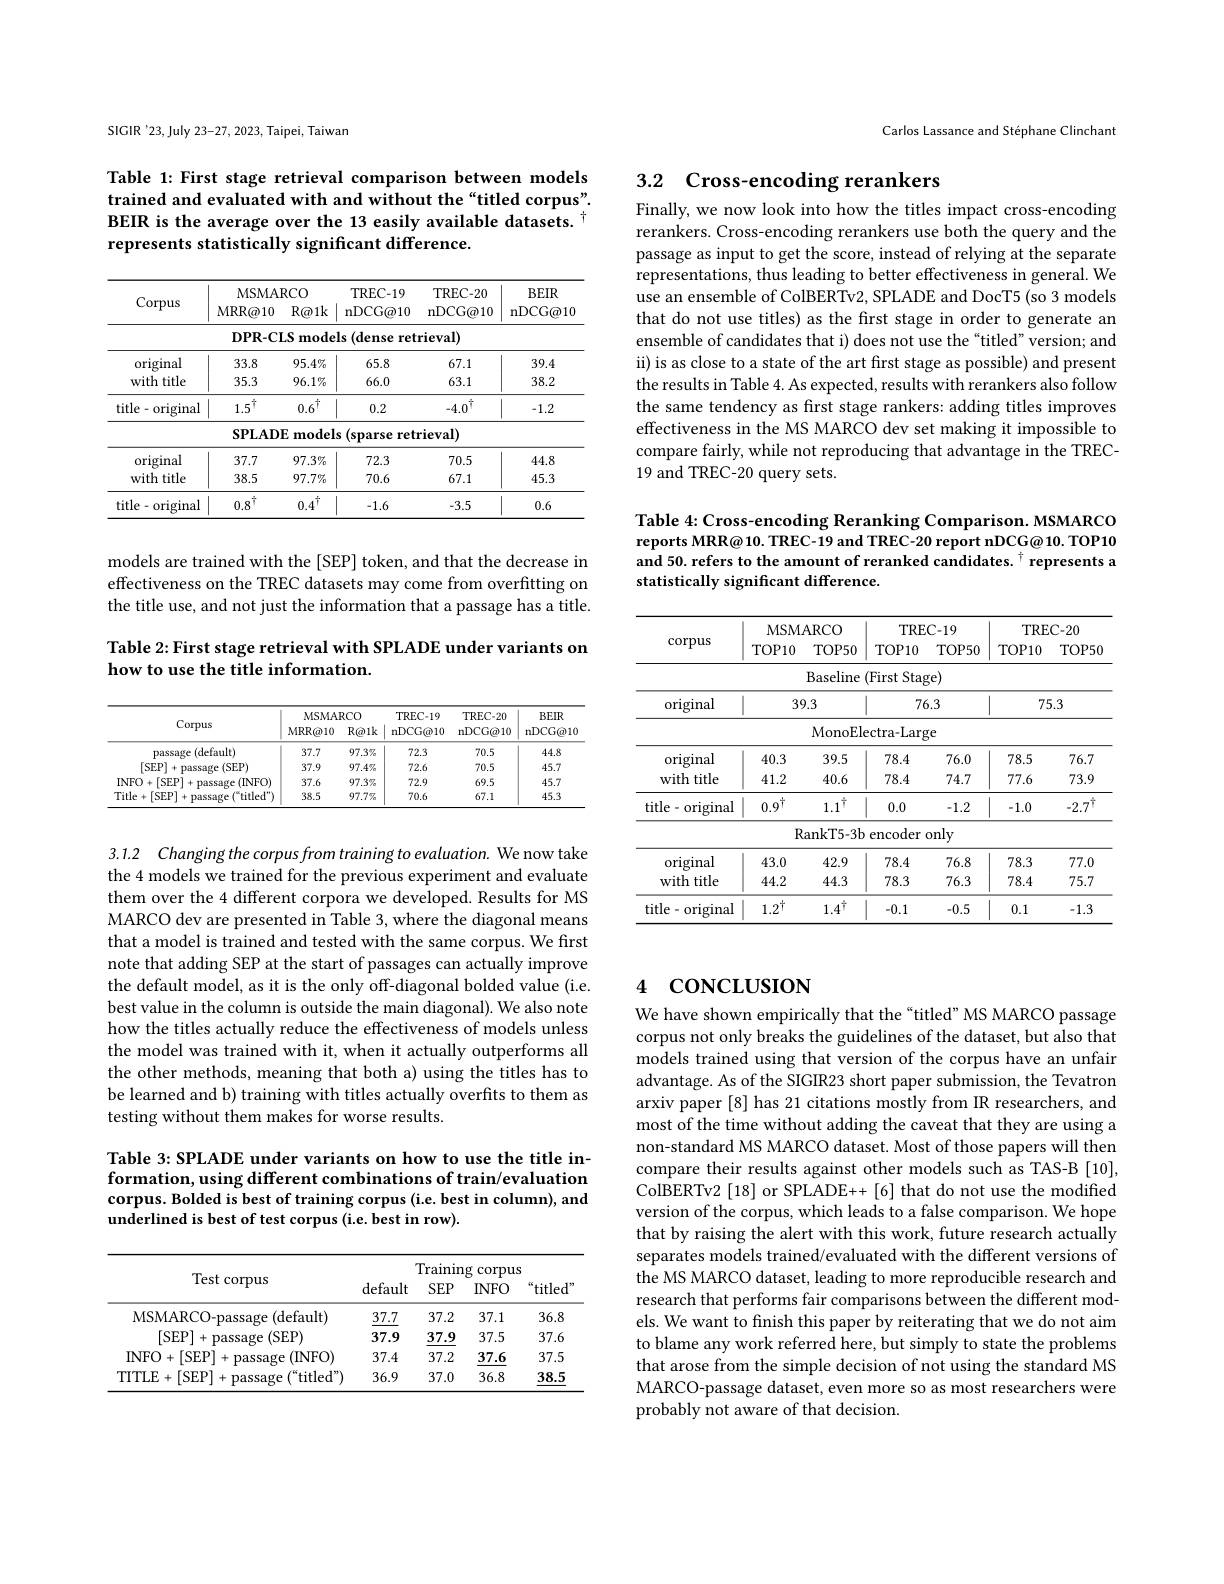
SIGIR'23, July 23-27, 2023, Taipei, Taiwan

Table 1: First stage retrieval comparison between models trained and evaluated with and without the“titled corpus”. BEIR is the average over the 13 easily available datasets. T represents statistically significant difference.

<table>
	<tbody>
		<tr>
			<th rowspan="3">Corpus</th>
			<th>MSMA MRR@ 10</th>
			<th>.RCO $R@1k$</th>
			<th>TREC- 19 ${\mathrm{nDCG@10}}$</th>
			<th rowspan="3">TREC- 20 nDCG@ 10</th>
			<th rowspan="3">$BEIR$ nDCG@ 10</th>
		</tr>
		<tr>
			<th colspan="2">MSMARCO</th>
			<th>TREC- 19</th>
		</tr>
		<tr>
			<th>MRR@ 10</th>
			<th>$R@1k$</th>
			<th>nDCG@ 10</th>
		</tr>
		<tr>
			<td> </td>
			<td>$\mathbf{DPR-C}$</td>
			<td>LS ${\mathrm{mode}}$</td>
			<td>$|s$ (dense ret 11 </td>
			<td>rieval)</td>
			<td> </td>
		</tr>
		<tr>
			<td>original</td>
			<td>33.8</td>
			<td>$95.4\%$</td>
			<td>65.8</td>
			<td>67.1</td>
			<td>39.4</td>
		</tr>
		<tr>
			<td>with title</td>
			<td>35.3</td>
			<td>$96.1\%$</td>
			<td>66.0</td>
			<td>63.1</td>
			<td>38.2</td>
		</tr>
		<tr>
			<td rowspan="2">title-original</td>
			<td>$1.5^{1}$</td>
			<td>$0.6^{\dagger}$</td>
			<td>0.2</td>
			<td>$-4.0^{1}$</td>
			<td>-1.2</td>
		</tr>
		<tr>
			<td>$\mathbf{SPLAD}$</td>
			<td>$\textbf{E}$ model</td>
			<td>(sparse retris</td>
			<td>rieval)</td>
			<td> </td>
		</tr>
		<tr>
			<td>original</td>
			<td>37.7</td>
			<td>$97.3\%$</td>
			<td>72.3</td>
			<td>70.5</td>
			<td>44.8</td>
		</tr>
		<tr>
			<td>with title</td>
			<td>38.5</td>
			<td>$97.7\%$</td>
			<td>70.6</td>
			<td>67.1</td>
			<td>45.3</td>
		</tr>
		<tr>
			<td>title-original</td>
			<td>$0.8^{1}$</td>
			<td>$0.4^{\dagger}$</td>
			<td>-1.6</td>
			<td>-3.5</td>
			<td>0.6</td>
		</tr>
	</tbody>
</table>

models are trained with the [SEP] token, and that the decrease in effectiveness on the TREC datasets may come from overfitting on the title use, and not just the information that a passage has a title.

Table 2: First stage retrieval with SPLADE under variants on
how to use the title information.

<table>
	<tbody>
		<tr>
			<th rowspan="2">Corpus</th>
			<th colspan="2">MSMARCO</th>
			<th rowspan="2">TREC- 19 $n$DCG@10</th>
			<th rowspan="2">TREC- 20 nDCG@ 10</th>
			<th rowspan="2">$BEIR$ nDCG@ 10</th>
		</tr>
		<tr>
			<th>MRR@10</th>
			<th>$R@1k$</th>
		</tr>
		<tr>
			<td>passage (default)</td>
			<td>37.7</td>
			<td>$97.3\%$</td>
			<td>72.3</td>
			<td>70.5</td>
			<td>44.8</td>
		</tr>
		<tr>
			<td>[SEP]+passage(SEP)</td>
			<td>37.9</td>
			<td>$97.4\%$</td>
			<td>72.6</td>
			<td>70.5</td>
			<td>45.7</td>
		</tr>
		<tr>
			<td>INFO+[SEP] passage 、 (INFOy</td>
			<td>37.6</td>
			<td>$97.3\%$</td>
			<td>72.9</td>
			<td>69.5</td>
			<td>45.7</td>
		</tr>
		<tr>
			<td>$e^{\alpha}$titled") Title+[SEP] 中 passage</td>
			<td>38.5</td>
			<td>$97.7\%$</td>
			<td>70.6</td>
			<td>67.1</td>
			<td>45.3</td>
		</tr>
	</tbody>
</table>

3.1.2 Changing the corpus from training to evaluation. We now take the 4 models we trained for the previous experiment and evaluate them over the 4 different corpora we developed. Results for MS MARCO dev are presented in Table 3, where the diagonal means that a model is trained and tested with the same corpus. We first note that adding SEP at the start of passages can actually improve the default model, as it is the only off-diagonal bolded value (i.e. best value in the column is outside the main diagonal). We also note how the titles actually reduce the effectiveness of models unless the model was trained with it, when it actually outperforms all the other methods, meaning that both a) using the titles has to be learned and b) training with titles actually overfits to them as testing without them makes for worse results.

# Table 3: SPLADE under variants on how to use the title information, using different combinations of train/evaluation corpus. Bolded is best of training corpus (i.e. best in column), and underlined is best of test corpus (i.e. best in row).

<table>
	<tbody>
		<tr>
			<th rowspan="2">Test corpus</th>
			<th colspan="4">Training corpus</th>
		</tr>
		<tr>
			<th>default</th>
			<th>$SEP$</th>
			<th>$INFO$</th>
			<th>$titled'$</th>
		</tr>
		<tr>
			<td>MSMARCO-passage (default)</td>
			<td>37.7</td>
			<td>37.2</td>
			<td>37.1</td>
			<td>36.8</td>
		</tr>
		<tr>
			<td>[SEP]+ +passage (SEP)</td>
			<td>37.9</td>
			<td>37.9</td>
			<td>37.5</td>
			<td>37.6</td>
		</tr>
		<tr>
			<td>INFO+[SEP] 1 passage 1 (INFO)</td>
			<td>37.4</td>
			<td>37.2</td>
			<td>37.6</td>
			<td>37.5</td>
		</tr>
		<tr>
			<td>TITLE + [SEP] + passage $(^{\alpha}$titled”)</td>
			<td>36.9</td>
			<td>37.0</td>
			<td>36.8</td>
			<td>38.5</td>
		</tr>
	</tbody>
</table>

Carlos Lassance and Stéphane Clinchant

## 3.2 Cross-encoding rerankers

Finally, we now look into how the titles impact cross-encoding rerankers. Cross-encoding rerankers use both the query and the passage as input to get the score, instead of relying at the separate representations, thus leading to better effectiveness in general. We use an ensemble of ColBERTv2, SPLADE and DocT5 (so 3 models that do not use titles) as the first stage in order to generate an ensemble of candidates that i) does not use the“titled”version; and ii) is as close to a state of the art first stage as possible) and present the results in Table 4. As expected, results with rerankers also follow the same tendency as first stage rankers: adding titles improves effectiveness in the MS MARCO dev set making it impossible to compare fairly, while not reproducing that advantage in the TREC- 19 and TREC-20 query sets.

Table 4: Cross-encoding Reranking Comparison. MSMARCO reports MRR@10. TREC-19 and TREC-20 report nDCG@10. TOP10 and 50. refers to the amount of reranked candidates. $^{\dagger}$ represents a statistically significant difference.

<table>
	<tbody>
		<tr>
			<th rowspan="2">corpus</th>
			<th colspan="2">MSMARCO</th>
			<th colspan="2">TREC- 19</th>
			<th colspan="2">TREC- 20</th>
		</tr>
		<tr>
			<th>TOP10</th>
			<th>$TOP50$</th>
			<th>TOP10</th>
			<th>$TOP50$</th>
			<th>TOP10</th>
			<th>$TOP5C$</th>
		</tr>
		<tr>
			<td> </td>
			<td> </td>
			<td>Baseline</td>
			<td>(First Stag</td>
			<td>$\mathbf{ge})$</td>
			<td> </td>
			<td> </td>
		</tr>
		<tr>
			<td rowspan="2">original</td>
			<td>$3\zeta$</td>
			<td>$\partial.3$</td>
			<td>71</td>
			<td>6.3</td>
			<td colspan="2">75.3</td>
		</tr>
		<tr>
			<td> </td>
			<td>MonoEl</td>
			<td>ectra- Lar</td>
			<td>$ge$</td>
			<td> </td>
			<td> </td>
		</tr>
		<tr>
			<td>original</td>
			<td>40.3</td>
			<td>39.5</td>
			<td>78.4</td>
			<td>76.0</td>
			<td>78.5</td>
			<td>76.7</td>
		</tr>
		<tr>
			<td>with title</td>
			<td>41.2</td>
			<td>40.6</td>
			<td>78.4</td>
			<td>74.7</td>
			<td>77.6</td>
			<td>73.9</td>
		</tr>
		<tr>
			<td rowspan="2">title- original</td>
			<td>$0.9^{\dagger}$</td>
			<td>$1.1^{T}$</td>
			<td>0.0</td>
			<td>-1.2</td>
			<td>-1.0</td>
			<td>$-2.7^{\mathrm{T}}$</td>
		</tr>
		<tr>
			<td>$R$</td>
			<td>ankT5- 3b</td>
			<td>encoder</td>
			<td>only</td>
			<td> </td>
			<td> </td>
		</tr>
		<tr>
			<td rowspan="2">original with title</td>
			<td>43.0</td>
			<td>42.9</td>
			<td>78.4</td>
			<td>76.8</td>
			<td>78.3</td>
			<td>77.0</td>
		</tr>
		<tr>
			<td>44.2</td>
			<td>44.3</td>
			<td>78.3</td>
			<td>76.3</td>
			<td>78.4</td>
			<td>75.7</td>
		</tr>
		<tr>
			<td>title- - original 1</td>
			<td>$1.2^{\mathrm{T}}$</td>
			<td>$1.4^{\mathrm{T}}$</td>
			<td>-0.1</td>
			<td>-0.5</td>
			<td>0.1</td>
			<td>-1.3</td>
		</tr>
	</tbody>
</table>

# 4 coNCLUSION

We have shown empirically that the“titled”MS MARCO passage corpus not only breaks the guidelines of the dataset, but also that models trained using that version of the corpus have an unfair advantage. As of the SIGIR23 short paper submission, the Tevatron arxiv paper [8] has 21 citations mostly from IR researchers, and most of the time without adding the caveat that they are using a non-standard MS MARCO dataset. Most of those papers will then compare their results against other models such as TAS-B [10], ColBERTv2 [18] or SPLADE++ [6] that do not use the modified version of the corpus, which leads to a false comparison. We hope that by raising the alert with this work, future research actually separates models trained/evaluated with the different versions of the MS MARCO dataset, leading to more reproducible research and research that performs fair comparisons between the different models. We want to finish this paper by reiterating that we do not aim to blame any work referred here, but simply to state the problems that arose from the simple decision of not using the standard MS MARCO-passage dataset, even more so as most researchers were probably not aware of that decision.